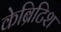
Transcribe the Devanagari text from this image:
केब्रिटिश